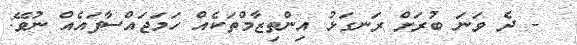
- ދެ ވަނަ ބުރަށް ރަނގަޅު އިންތިޒާމްތަކެއް ހަމަޖައްސާފައެއް ނުވޭ: